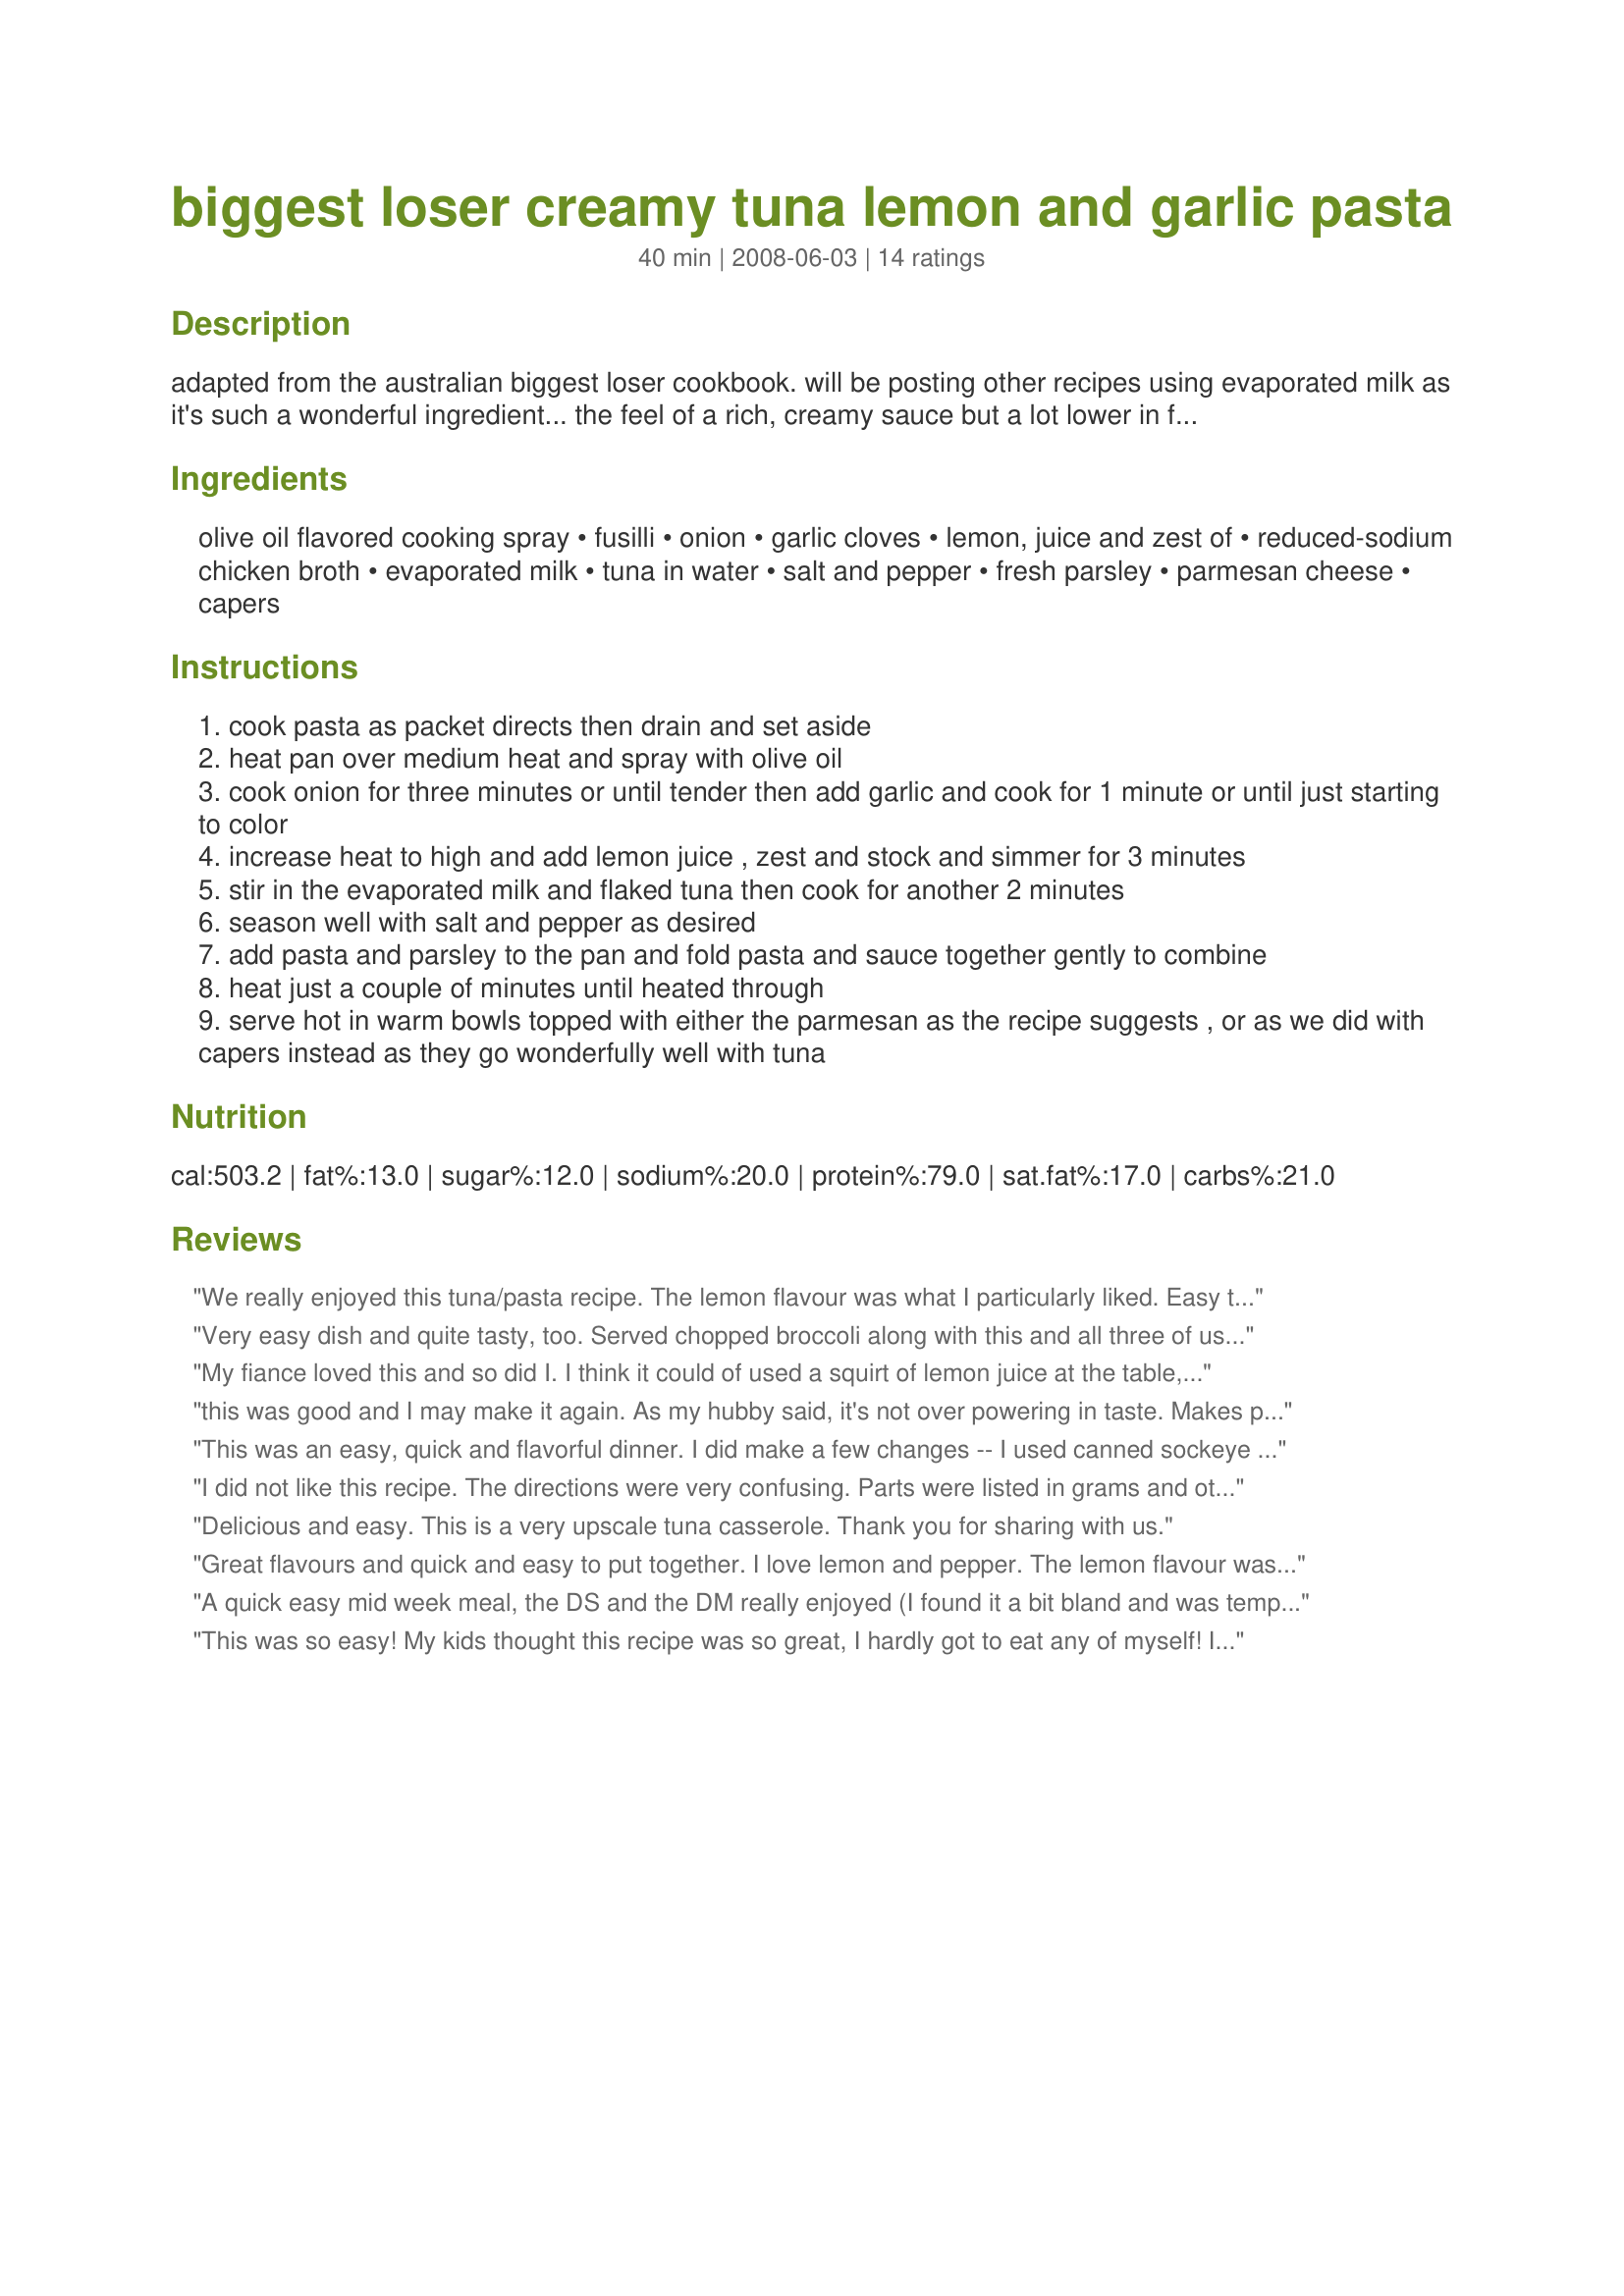
biggest loser creamy tuna lemon and garlic pasta
Preparation time: 40 minutes

adapted from the australian biggest loser cookbook. will be posting other recipes using evaporated milk as it's such a wonderful ingredient... the feel of a rich, creamy sauce but a lot lower in fat. hope you enjoy this! i think you could use other pasta shapes too.

Ingredients:
olive oil flavored cooking spray, fusilli, onion, garlic cloves, lemon, juice and zest of, reduced-sodium chicken broth, evaporated milk, tuna in water, salt and pepper, fresh parsley, parmesan cheese, capers

Steps:
cook pasta as packet directs then drain and set aside
heat pan over medium heat and spray with olive oil
cook onion for three minutes or until tender then add garlic and cook for 1 minute or until just starting to color
increase heat to high and add lemon juice , zest and stock and simmer for 3 minutes
stir in the evaporated milk and flaked tuna then cook for another 2 minutes
season well with salt and pepper as desired
add pasta and parsley to the pan and fold pasta and sauce together gently to combine
heat just a couple of minutes until heated through
serve hot in warm bowls topped with either the parmesan as the recipe suggests , or as we did with capers instead as they go wonderfully well with tuna

Reviews:
We really enjoyed this tuna/pasta recipe. The lemon flavour was what I particularly liked. Easy to put together and tastes great. I used the parmesan but didnt use any capers..this will be a favourite from now on. Thanks for sharing.
Very easy dish and quite tasty, too. Served chopped broccoli along with this and all three of us mixed it in. Great meal for a busy night.
My fiance loved this and so did I. I think it could of used a squirt of lemon juice at the table, but other than that it turned out amazing. I thought the lemon was going to be really overpowering and wasn't sure about using evaporated milk (cause I've never used it before), but they both worked out really well; created a nice creamy sauce with lemon and parsley melding together.
this was good and I may make it again. As my hubby said, it's not over powering in taste. Makes plenty too!
This was an easy, quick and flavorful dinner. I did make a few changes -- I used canned sockeye salmon instead of tuna and used water in place of chicken broth. The lemon-garlic-parsley combination is delicious. My kids gobbled their dinners quite eagerly! Thanks, MrsSPheonix. Made for the cook-a-thon for MrsSPheonix and Sarah! (With my sincerest condolences)
I did not like this recipe. The directions were very confusing. Parts were listed in grams and others in cups or teaspoon/tablespoons.. I followed the directions as listed. The only thing I changed was that I added some tarragon. I know it's not because this is considered "diet". I have been on weight watchers for 4 years so I am used to eating low fat. This was not creamy at all and just didn't taste good.
Delicious and easy. This is a very upscale tuna casserole. Thank you for sharing with us.
Great flavours and quick and easy to put together. I love lemon and pepper. The lemon flavour was quite strong but balanced by the garlic and parsley.I used gluten-free pasta but otherwise stuck to the recipe. My pasta seemed to absorb all of the sauce...so next time will add the whole can of the larger size can light and creamy evaporated milk. Photo also being posted.
A quick easy mid week meal, the DS and the DM really enjoyed (I found it a bit bland and was tempted to add some chilli but then the DM wouldn't eat). One recommendation is make sure you get chunky tuna - mine just said tuna in spring water and disolved in the mix. Thank you MrsSPheonix.
This was so easy! My kids thought this recipe was so great, I hardly got to eat any of myself! It is so creamy.
This was a really nice, easy, health meal! I really enjoy lemon, so I added an extra splash in addition to the lemon zest!
YUM, YUM, YUMMY!!!!! I loved this dish. I had never cooked with evaporated milk in this manner before. And, I really like it. I used whole wheat rotini pasta, as it was on sale at the store. I had to use dried parsley flakes, as the parsley at the store was awful. I may do capers next time, not sure. And, this reminded me of tuna casserole that my mom used to make, but healthed up a little. Thanks MrsSPheonix for this wonderful recipe.
Quick and easy to make and quite tasty. I didn&#039;t have any evaporated milk so I used soy milk and added a little flour to thicken it slightly. A very tasty lunch.
This made for a lovely light weekend lunch, that was enjoyed by all. I subbed chopped basil in place of the parsley but otherwise made as directed.
Thanks for sharing :)
